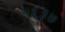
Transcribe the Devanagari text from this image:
५६३७